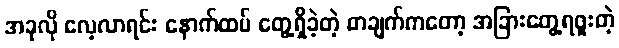
အခုလို လေ့လာရင်း နောက်ထပ် တွေ့ရှိခဲ့တဲ့ တချက်ကတော့ အခြားတွေ့ရဖူးတဲ့